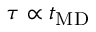
\tau \propto t _ { \mathrm { M D } }